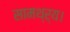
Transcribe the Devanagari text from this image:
सामथ्र्य।